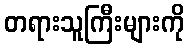
တရားသူကြီးများကို